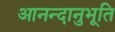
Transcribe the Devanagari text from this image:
आनन्‍दानुभूति